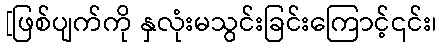
[ဖြစ်ပျက်ကို နှလုံးမသွင်းခြင်းကြောင့်၎င်း၊